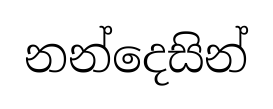
නන්දෙසින්